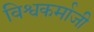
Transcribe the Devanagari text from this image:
विश्वकर्माजी